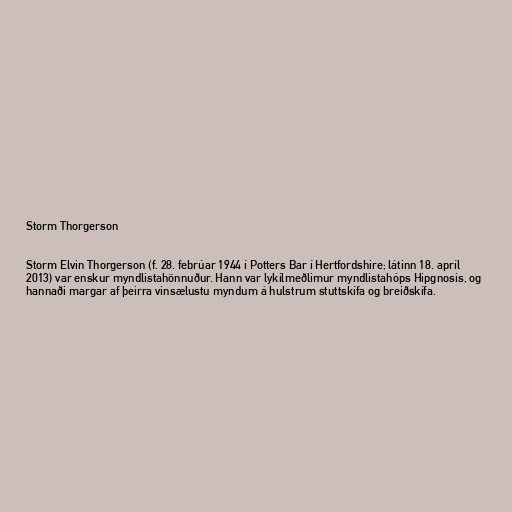
Storm Thorgerson

Storm Elvin Thorgerson (f. 28. febrúar 1944 í Potters Bar í Hertfordshire; látinn 18. apríl
2013) var enskur myndlistahönnuður. Hann var lykilmeðlimur myndlistahóps Hipgnosis, og
hannaði margar af þeirra vinsælustu myndum á hulstrum stuttskífa og breiðskífa.